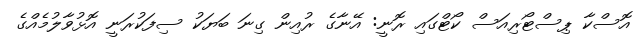
އޮސްކާ ޕިސްޓޯރިއަސް ކޯޓްގައި ރޮނީ: އޭނާގެ ރުއިން ގިނަ ބަޔަކު ސިފަކުރަނީ އޮޅުވާލުމެއްގެ